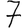
Digit: 7